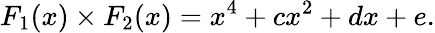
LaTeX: F_{1}(x)\times F_{2}(x)=x^{4}+cx^{2}+dx+e.